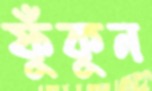
ফুঁকুন